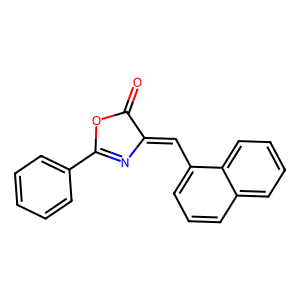
SMILES: O=C1OC(c2ccccc2)=NC1=Cc1cccc2ccccc12
Inhibits HIV replication: No